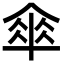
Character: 傘